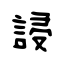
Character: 誛